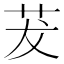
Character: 茇